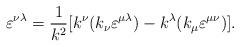
LaTeX: \begin{align*}\varepsilon^{\nu \lambda} = \frac{1}{k^2}[k^{\nu}(k_{\nu}\varepsilon^{\mu \lambda}) - k^{\lambda}(k_{\mu}\varepsilon^{\mu \nu})].\end{align*}